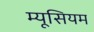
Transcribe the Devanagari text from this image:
म्यूसियम